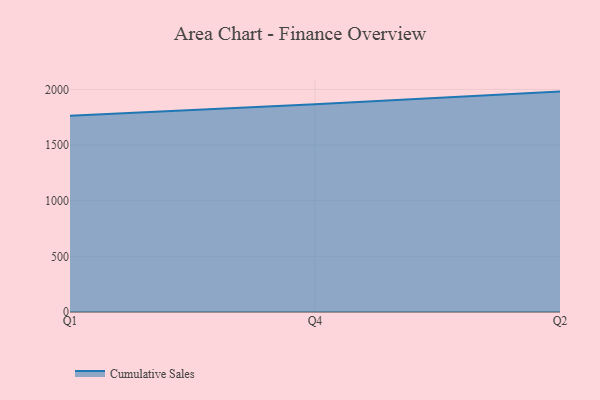
{"axis": {"x": "Quarter", "y": "Budget (USD K)"}, "legend": ["Cumulative Sales"], "data": [{"x": "Q1", "y": 1762.9, "type": "Cumulative Sales"}, {"x": "Q4", "y": 1867.1, "type": "Cumulative Sales"}, {"x": "Q2", "y": 1980.3, "type": "Cumulative Sales"}]}